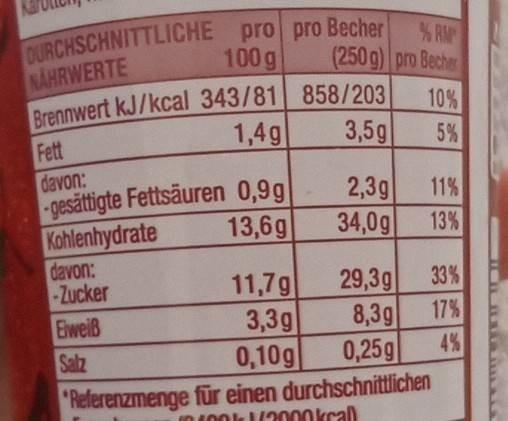
% RM (250 g) pro Becher
100 g
NAHRWERTE
Brennwert kJ/kcal 343/81 858/203
10%
1,4g
3,5g
5%
Fett davon: -gesättigte Fettsäuren 0,9g Kohlenhydrate davon: -Zucker Elweiß Salz
2,3g
11%
13,6g
34,0g
13%
33%
11,7g 3,3g 0,10g "Referenzmenge für einen durchschnittlichen
29,3g
8,3g
17%
0,25g
4%
IO100k 12000kcal)